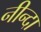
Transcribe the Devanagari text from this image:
नीन्दा